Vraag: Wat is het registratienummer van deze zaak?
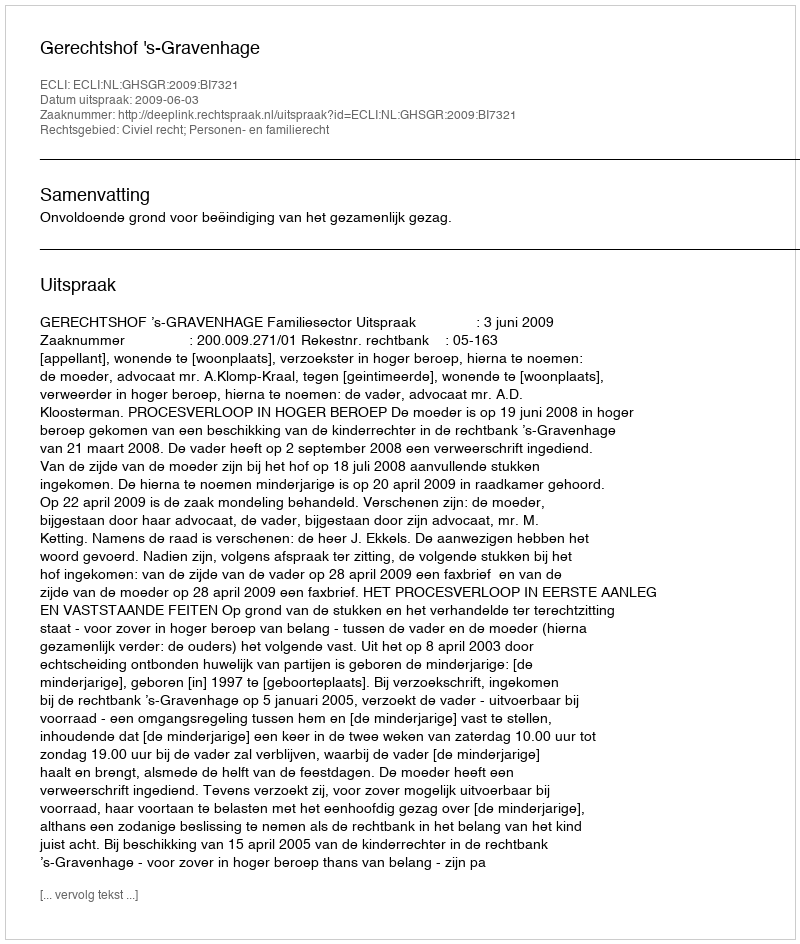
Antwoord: http://deeplink.rechtspraak.nl/uitspraak?id=ECLI:NL:GHSGR:2009:BI7321